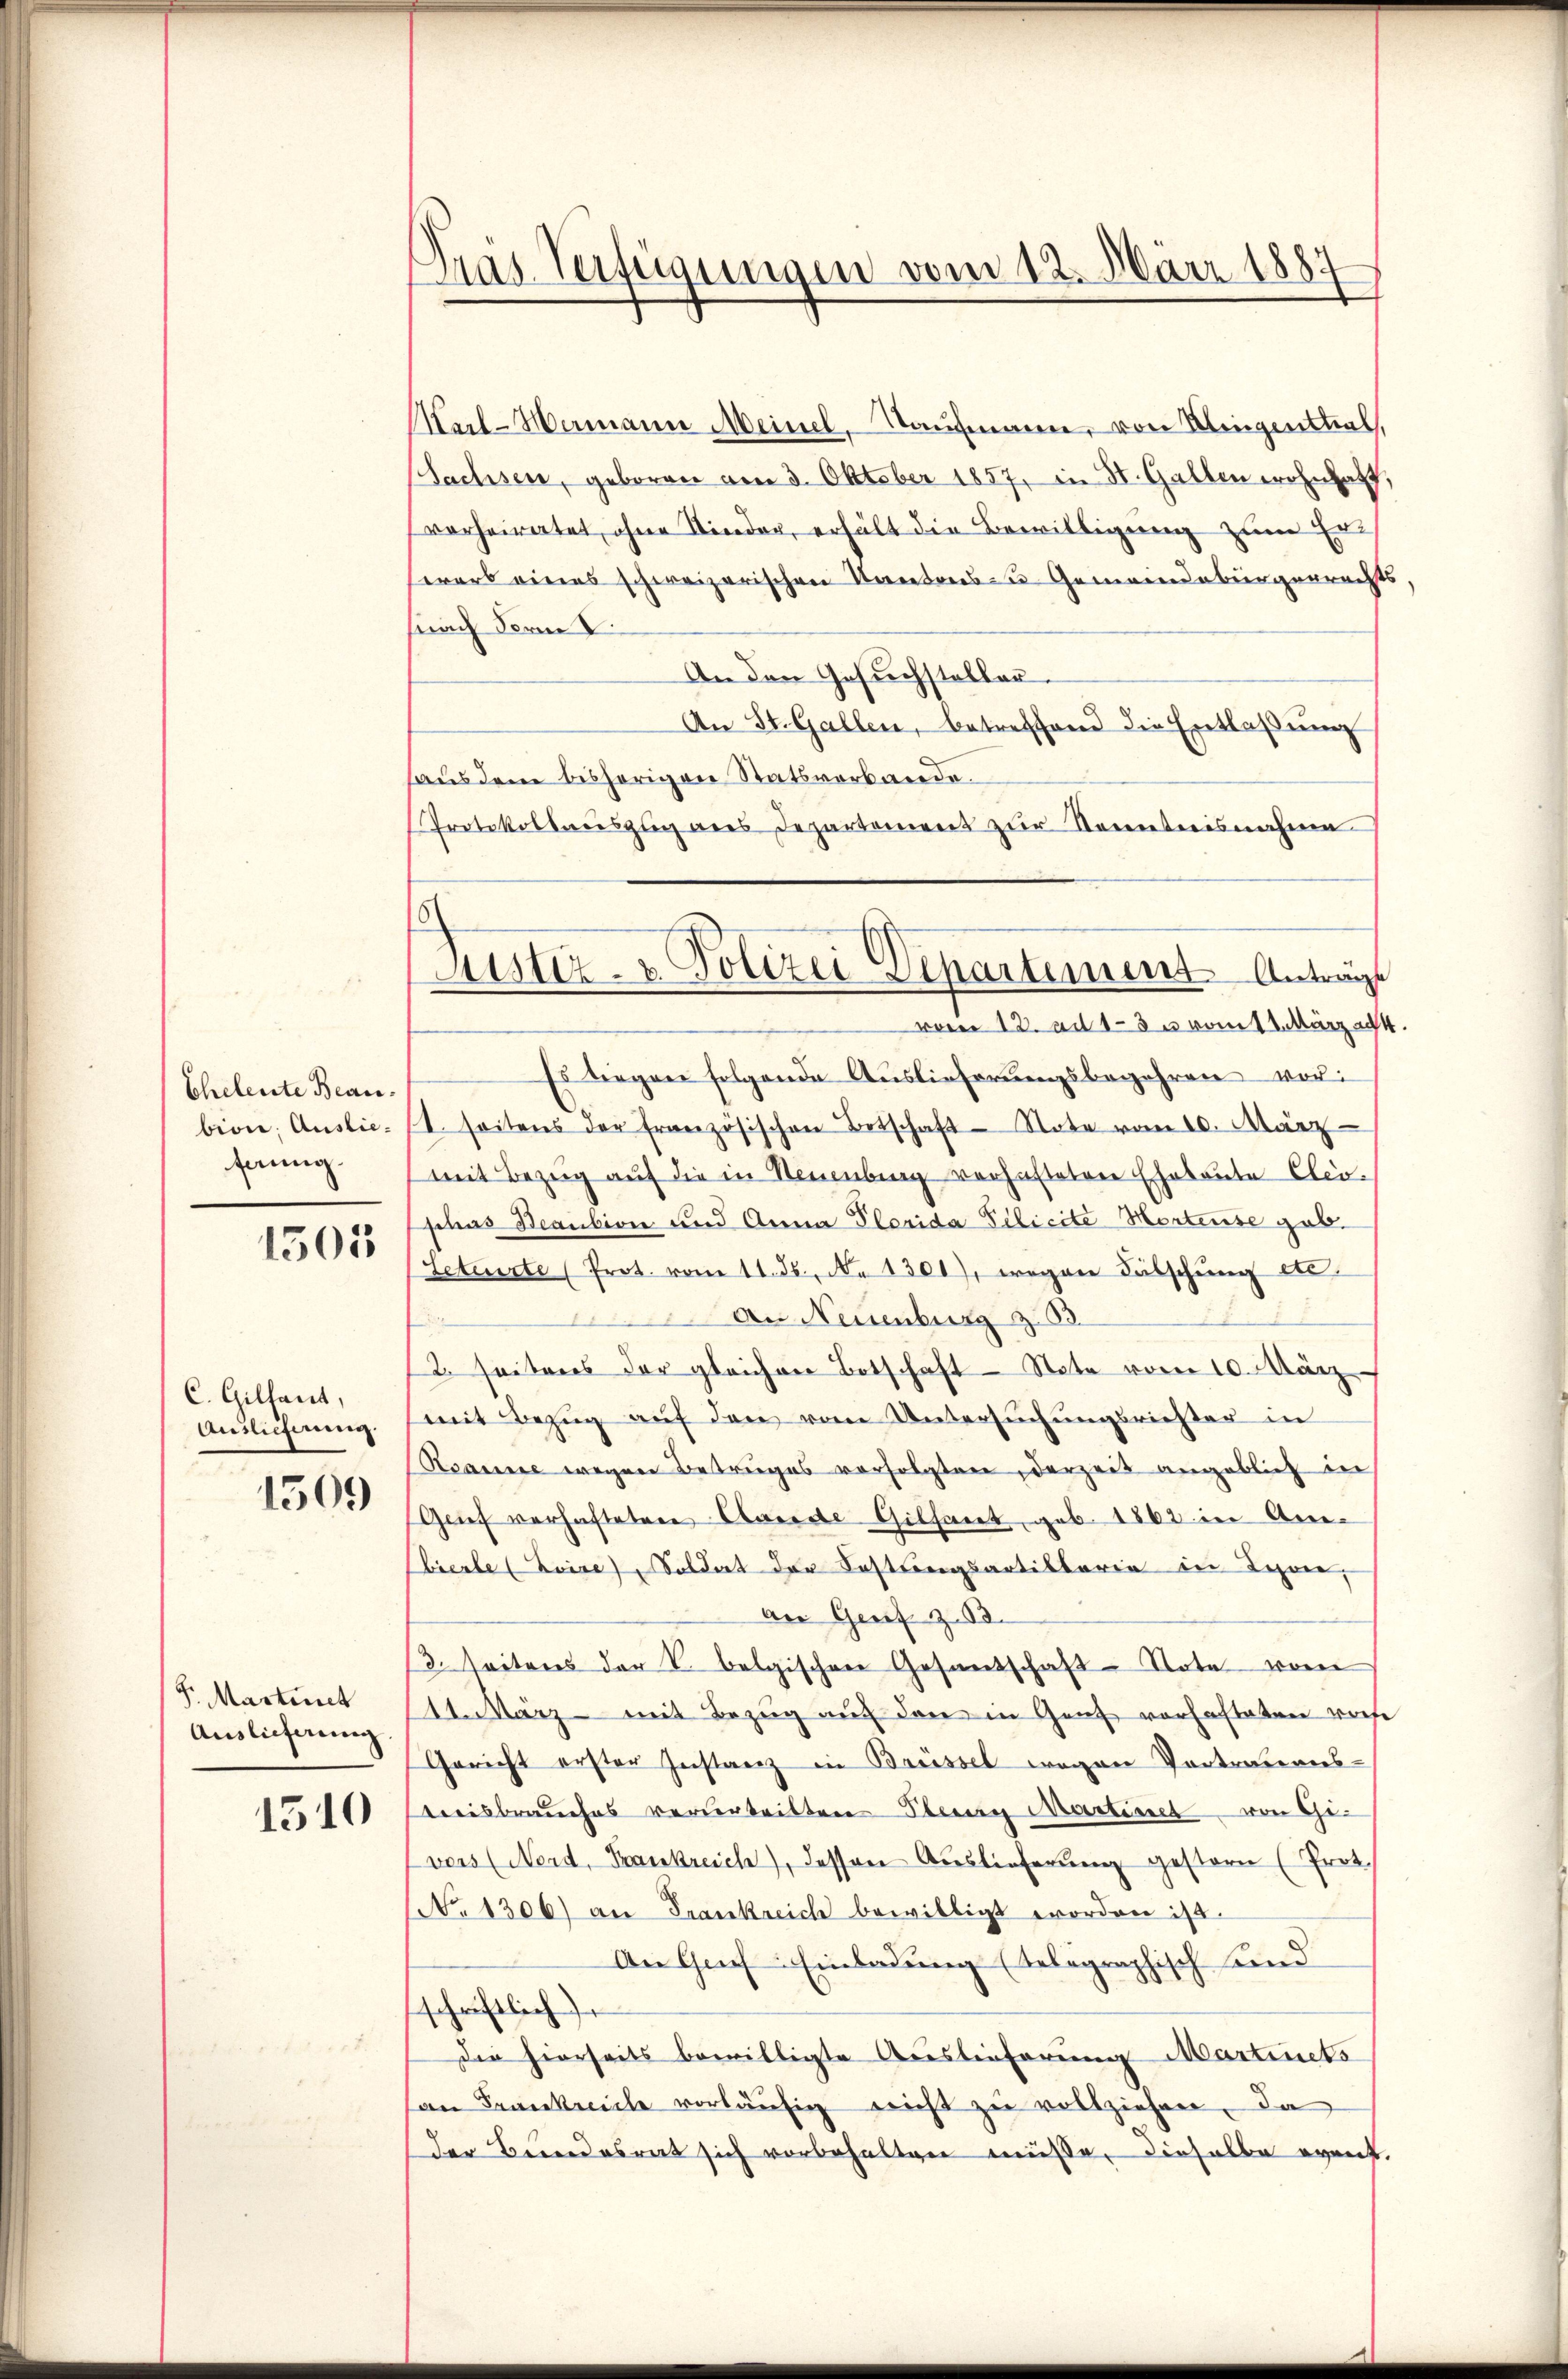
Eheleute Beaufnung.

1503

C. Gillant,
Auslieferung.
1509

S. Martinet
Auslieferung

1510

Pras Verfügungen vom 12. März 1887

Kal-Hermann Meinel, Kaufmann, von Mengenthal,
(Sachsen, geboren am 3. Oktober 1857, in St. Gallen wohnhaft,
verheiratet, ohne Nieder, erhält die Bewilligung zum Erwarb eines schweizerischen Kantons- u Gemeindebürgerrechts
fnach der L.
An den Gesuchstellen.
An St. Gallen, betreffend die Entlaßung
haus dem bisherigen Statsverbande.
Protokollauszug des Departement zur Kenntnisnahme
vom 13. Ad 1-3 u kommt. März a
Es liegen folgende Auslieferungsbegehren vor:
bion; Auslie- (1. seitens der französischen Betschaft Note vom 10. März
mit Bezug auf die in Neuenburg verhafteten Ehebaute Eleo-
schas Beaution und Anna Plorida Pilicite Mortense gab.
Leteurte (Prot. vom 11. 55. No 1301), wegen Fälschung etc.
An Neuenburg z. B.
2 seitens der gleichen Botschaft Note vom 10. März
mit Bezŭg aŭf den vom Untersŭchŭngsrichter in
Neanne wegen Betruges verfolgten, derzeit angeblich in
Genf verhafteten Hande Gilfant, geb. 1862 in Ambierte (Zeire) Soldat der Festungsartillaria in Lyone,
an Genf z.13.
13. Seitens der V. belgischen Gesantschaft Note vom
1.März mit Bezug auf den in Genf vorhafteten woche
Gericht erster Instanz in Brüssel wegen Vortrations-
treisbrauches verurteilten Oberau Martiret von Gevers (Nerd, Frankreich), dessen Auslieferŭng gestern (Prot.
N. 1306) an Frankreich bewilligt worden ist.
An Graf Einladung (telegraphisch und
schriftlich
Die hierseits bewilligte Auslieferung Martinets
an Frankreiche vorläŭfig nicht zu vollziehen, da
der Beendesrat sich vorbehalten müsse, dieselbe event.

Justiz- & Polizei Departement. Anträge